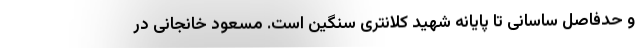
و حدفاصل ساسانی تا پایانه شهید کلانتری سنگین است. مسعود خانجانی در